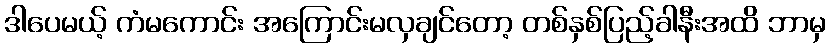
ဒါပေမယ့် ကံမကောင်း အကြောင်းမလှချင်တော့ တစ်နှစ်ပြည့်ခါနီးအထိ ဘာမှ